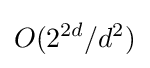
O(2^{2d}/d^{2})